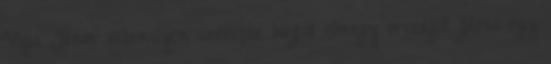
Voga János valamilyen szerepbe bújva elmegy országot járni egy